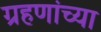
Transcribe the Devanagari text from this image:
ग्रहणांच्या